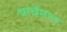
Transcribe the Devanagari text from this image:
पार्चमान